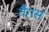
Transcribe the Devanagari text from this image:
वैगस